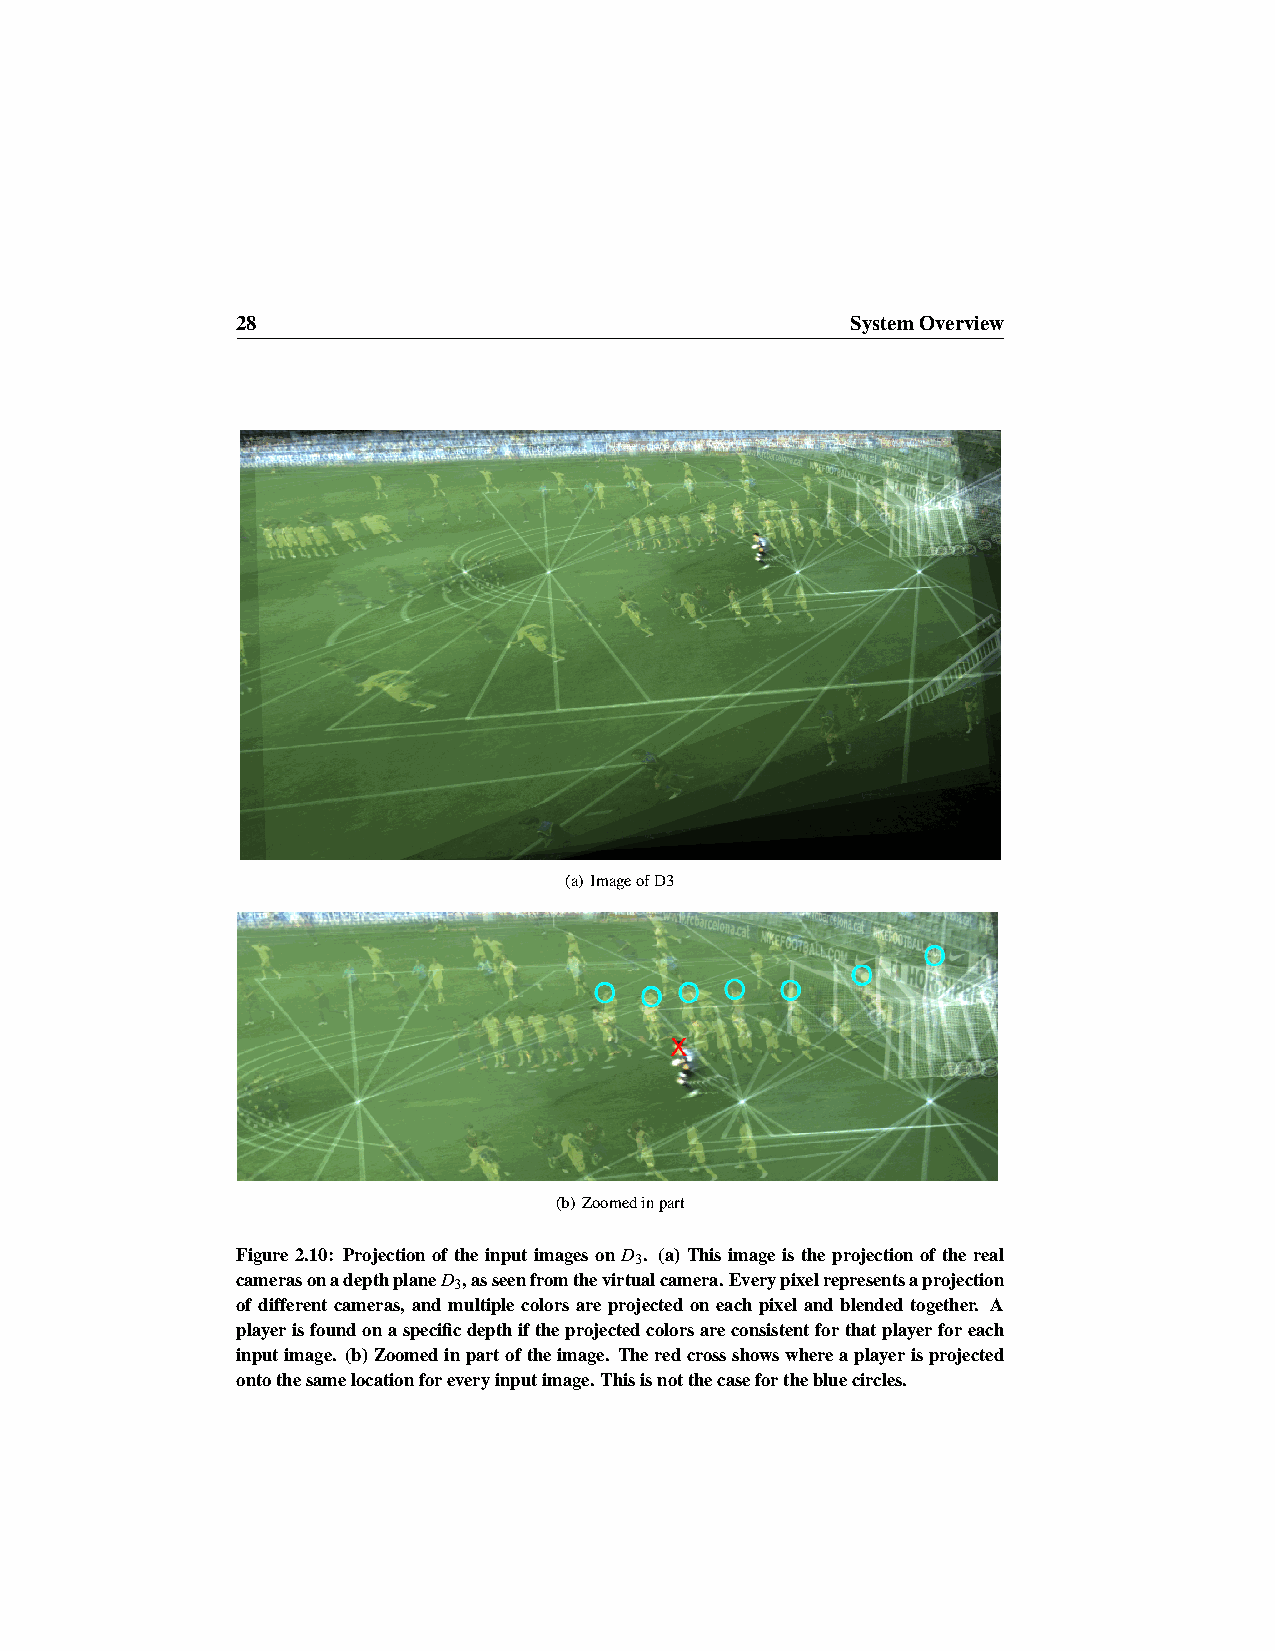
28                                      SystemOverview
 (a) ImageofD3
 (b) Zoomedinpart
 Figure 2.10: Projection of the input images on D . (a) This image is the projection of the real
 3
 camerasonadepthplaneD ,asseenfromthevirtualcamera.Everypixelrepresentsaprojection
 3
 of different cameras, and multiple colors are projected on each pixel and blended together. A
 playerisfoundonaspecificdepthiftheprojectedcolorsareconsistentforthatplayerforeach
 inputimage. (b)Zoomedinpartoftheimage. Theredcrossshowswhereaplayerisprojected
 ontothesamelocationforeveryinputimage.Thisisnotthecaseforthebluecircles.